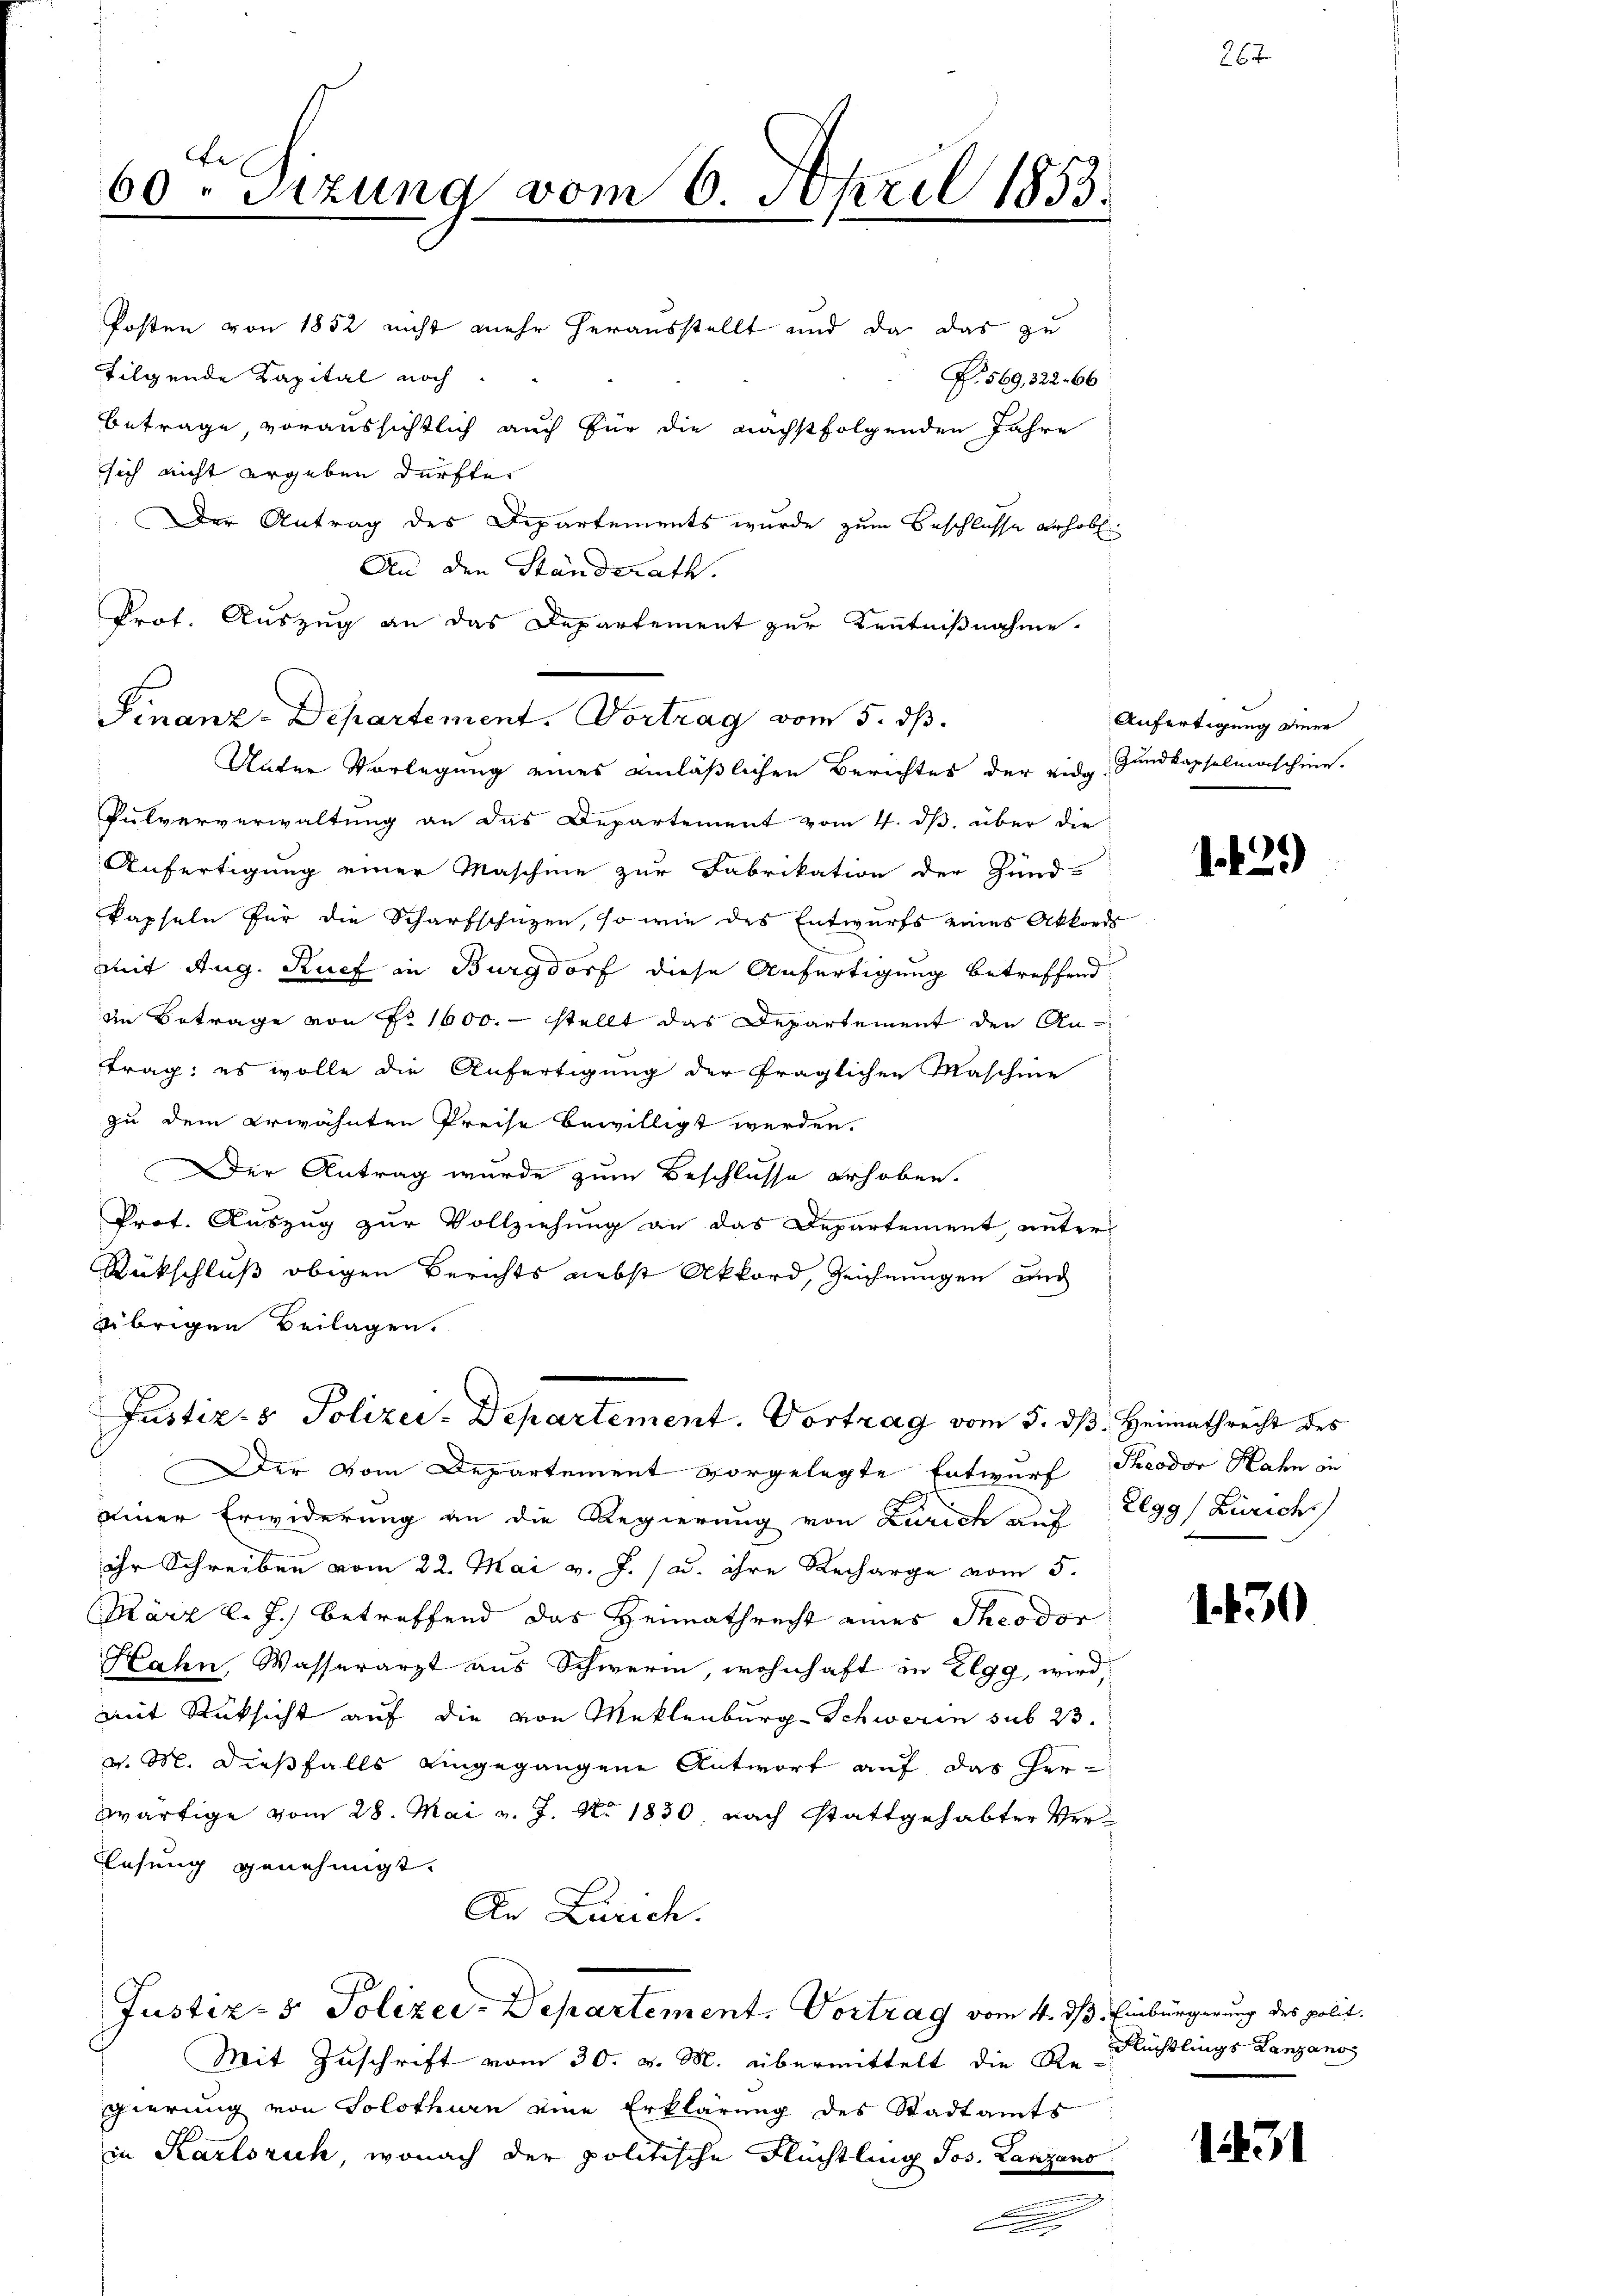
Posten von 1852 nicht mehr herausstellt und da das zu
tilgende Kapital noch
P. 569, 322. 66
sich nicht ergeben dürfte.
Der Antrag des Departements wurde zum Beschlusse erhob
An den Ständerath.
Prof. Auszug an das Departement zur Kenntnißnahme.
Pulververwaltung an das Departement vom 4. ds. über die
Anfertigung einer Maschine zur Fabrikation der Hund-
kapseln für die Scharfschüzen, so wie des Entwurfs eines Akkords
mit Aug. Ruef in Burgdorf diese Anfertigung betreffend
In Betrage von Nr 1600. stellt das Departement den An-
trag; es wolle die Anfertigung der fraglichen Maschine
zu dem erwähnten Preise bewilligt werden.
Der Antrag wurde zum Beschlüsse erhoben.
Prot. Auszug zur Vollziehung an das Departement, unter
Rückschluß obigen Berichts nebst Akkord, Zeichnungen und
Übrigen Beilagen.
Justizs Polizei-Departement. Vortrag vom 5. dβ. Heimathrecht des
Der vom Departement vorgelegte Entwurf Theodor Hahn in
.
einer Erwiderung an die Regierung von Zürich auf 299) Zürich
ihr Schreiben vom 22. Mai v. J. 1 u. ihre Recharge vom 5.
März l. J.) betreffend das Heimathrecht eines Theodor
Hahn, Wasserarzt aus Schweren, wohnhaft in Elgg, wird,
mit Rüksicht auf die von Meklenburg-Schweren sub 23.
v. M. dießfalls eingegangene Antwort auf das Her-
zwärtige vom 28. Mai v. J. No. 1830. nach stattgehabter Ver¬
Lesung genehmigt.
An Zürich.
Justiz- & Polizei-Departement. Vortrag vom 4. ds. Einbürgerung des polit
Mit Zuschrift vom 30. v. M. übermittelt die Ste Flüchtlings Lanzanos
gierung von Solothurn eine Erklärung des Stadtamts
in Karlsruh, wonach der politische Flüchtling Jos. Lanzans
.

60ten Sizung vom 6. April 1853.

Finanz-Departement. Vortrag vom 5. dß.
Unter Vorlegung eines einläßlichen Berichtes der eidg. Gundkapselmaschine.

Betrage, voraussichtlich auch für die nächstfolgenden Jahre

C

Anfertigung einer

1429)

1430

26.

131